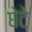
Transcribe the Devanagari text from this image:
घेटे